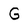
Character: G